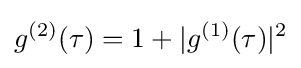
g^{(2)}(\tau )=1+|g^{(1)}(\tau )|^{2}